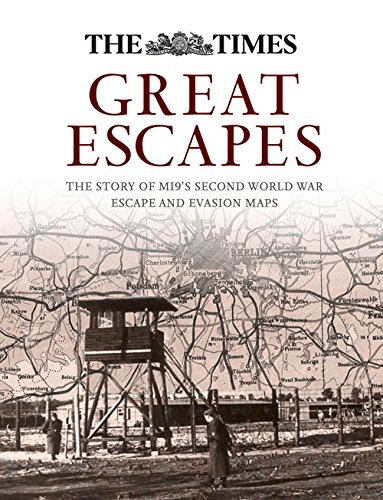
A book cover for Great Escapes: The story of MI9's Second World War Escape and Evasion Maps; Barbara Bond; Science & Math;